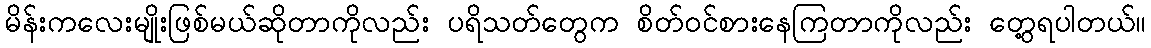
မိန်းကလေးမျိုးဖြစ်မယ်ဆိုတာကိုလည်း ပရိသတ်တွေက စိတ်ဝင်စားနေကြတာကိုလည်း တွေ့ရပါတယ်။